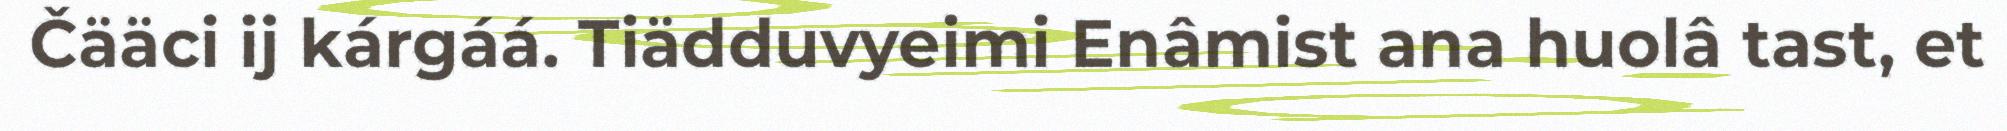
Čääci ij kárgáá. Tiädduvyeimi Enâmist ana huolâ tast, et